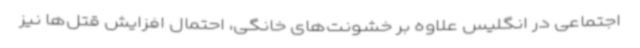
اجتماعی در انگلیس علاوه بر خشونت‌های خانگی، احتمال افزایش قتل‌ها نیز